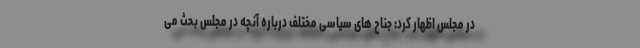
در مجلس اظهار کرد: جناح های سیاسی مختلف درباره آنچه در مجلس بحث می